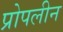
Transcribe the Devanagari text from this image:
प्रोपलीन